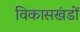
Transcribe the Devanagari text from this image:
विकासखंडों